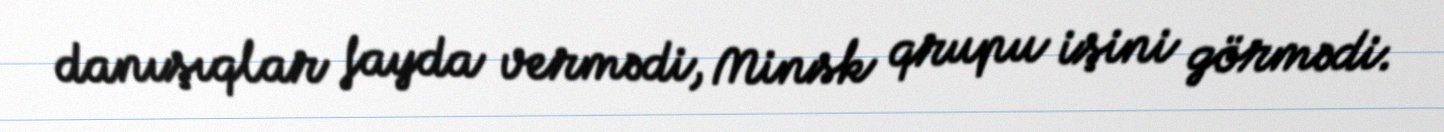
danışıqlar fayda vermədi, Minsk qrupu işini görmədi.